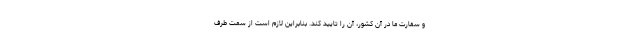
و سفارت ما در آن کشور، آن را تایید کند. بنابراین لازم است از سمت طرف